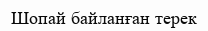
Шопай байланған терек